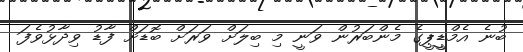
ބުނެ އެމްޑީީޕީގެ މެންބަރުން ވަނީ މި ބިލަށް ވަރަށް ބޮޑަށް ފާޑު ވިދާޅުވެފަ